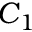
C _ { 1 }